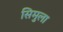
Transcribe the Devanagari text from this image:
सिमुला